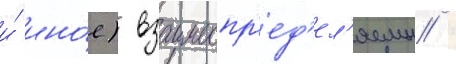
и́ ино́е) взаимоопр'ед'ел'яемы /